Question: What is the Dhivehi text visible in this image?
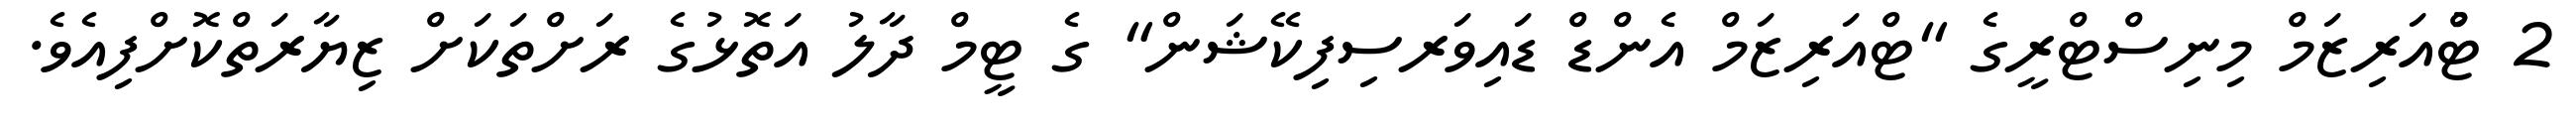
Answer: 2 ޓްުއަރިޒަމް މިނިސްޓްރީގެ "ޓްއަރިޒަމް އެންޑް ޑައިވަރސިފިކޭޝަން" ގެ ޓީމް ދާލު އަތޮޅުގެ ރަށްތަކަށް ޒިޔާރަތްކޮށްފިއެވެ.